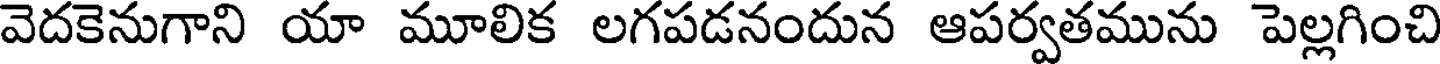
వెదకెనుగాని యా మూలిక లగపడనందున ఆపర్వతమును పెల్లగించి